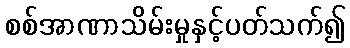
စစ်အာဏာသိမ်းမှုနှင့်ပတ်သက်၍